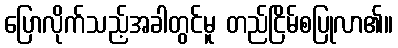
ပြောလိုက်သည့်အခါတွင်မူ တည်ငြိမ်စပြုလာ၏။